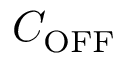
C _ { \mathrm { O F F } }